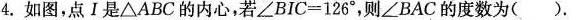
4.如图，点Ⅰ是\triangle ABC的内心，若$$\angle B I C = 1 2 6 °$$，则\angleBAC的度数为( )。